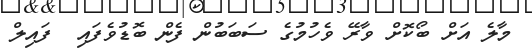
މާލެ އަށް ބޯކޮށް ވާރޭ ވެހުމުގެ ސަބަބުން ފެން ބޮޑުވެފައި  ފައިލް